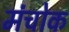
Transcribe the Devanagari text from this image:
मंचोक